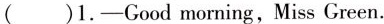
( )1.-Good morning,Miss Green.